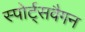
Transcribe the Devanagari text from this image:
स्पोर्ट्सवैगन